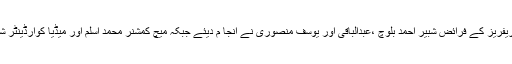
پہلے سیمی فائنل میچ میں ریفریز کے فرائض شبیر احمد بلوچ ،عبدالباقی اور یوسف منصوری نے انجا م دیئے جبکہ میچ کمشنر محمد اسلم اور میڈیا کوارڈینٹر شیر افضل بھی موجود تھے۔